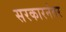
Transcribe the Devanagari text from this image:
सरकारनंतर